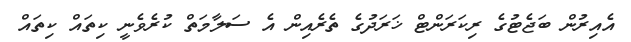
އެއިރުން ބަޖެޓުގެ ރިކަރަންޓް ޚަރަދުގެ ތެރެއިން އެ ސަލާމަތް ކުރެވެނީ ކިތައް ކިތައް